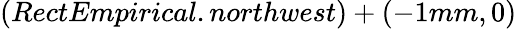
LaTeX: (RectEmpirical.northwest)+(-1mm,0)